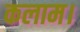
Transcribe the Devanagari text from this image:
कलाम।